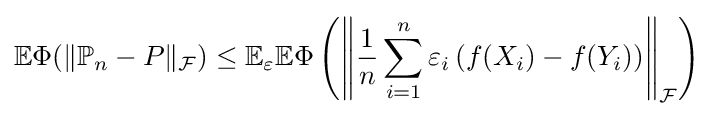
\mathbb {E} \Phi (\|\mathbb {P} _{n}-P\|_{\mathcal {F}})\leq \mathbb {E} _{\varepsilon }\mathbb {E} \Phi \left(\left\|{\dfrac {1}{n}}\sum _{i=1}^{n}\varepsilon _{i}\left(f(X_{i})-f(Y_{i})\right)\right\|_{\mathcal {F}}\right)